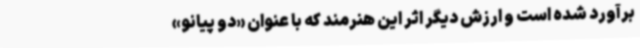
برآورد شده است و ارزش دیگر اثر این هنرمند که با عنوان «دو پیانو»